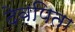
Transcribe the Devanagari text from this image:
देवपिता